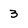
Character: 3